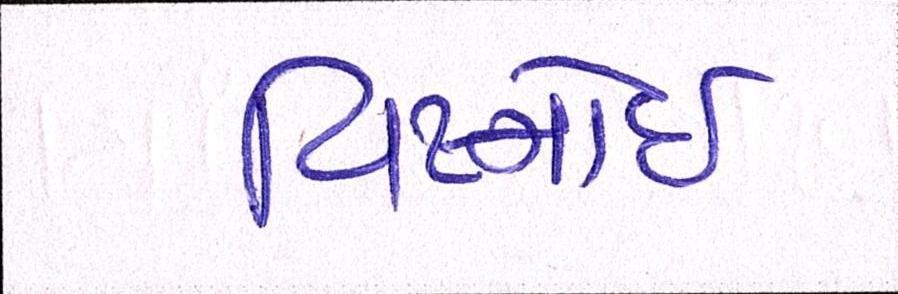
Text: વિષ્નોઈ